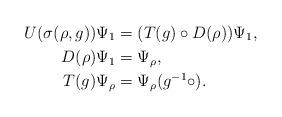
LaTeX: \begin{align*}U(\sigma(\rho,g))\Psi_1&=(T(g)\circ D(\rho))\Psi_1,\\D(\rho)\Psi_1&=\Psi_\rho,\\T(g)\Psi_\rho&=\Psi_\rho(g^{-1}\circ).\end{align*}